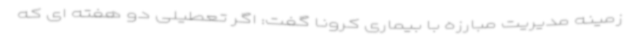
زمینه مدیریت مبارزه با بیماری کرونا گفت: اگر تعطیلی دو هفته ای که